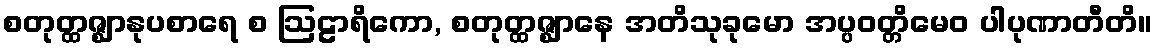
စတုတ္ထဇ္ဈာနုပစာရေ စ ဩဠာရိကော, စတုတ္ထဇ္ဈာနေ အတိသုခုမော အပ္ပဝတ္တိမေဝ ပါပုဏာတီတိ။